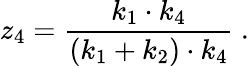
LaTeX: z_{4}=\frac{k_{1}\cdot k_{4}}{(k_{1}+k_{2})\cdot k_{4}}\ .